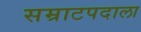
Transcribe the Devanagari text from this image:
सम्राटपदाला